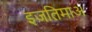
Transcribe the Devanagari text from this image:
इजतिमाअ